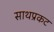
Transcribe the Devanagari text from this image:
साथप्रकट